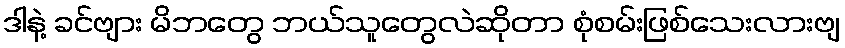
ဒါနဲ့ ခင်ဗျား မိဘတွေ ဘယ်သူတွေလဲဆိုတာ စုံစမ်းဖြစ်သေးလားဗျ